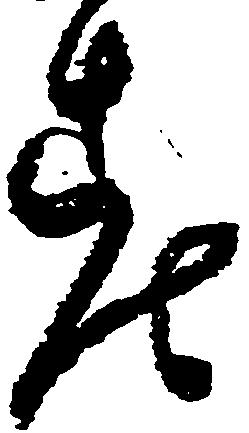
老